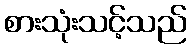
စားသုံးသင့်သည်